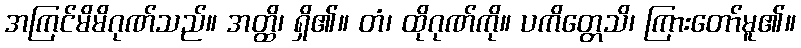
အကြင်မိမိဂုဏ်သည်။ အတ္ထိ၊ ရှိ၏။ တံ၊ ထိုဂုဏ်ကို။ ပကိတ္တေသိ၊ ကြားတော်မူ၏။